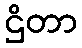
ဌိတာ